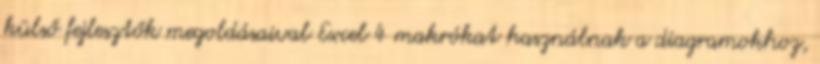
külső fejlesztők megoldásaival Excel 4 makrókat használnak a diagramokhoz,